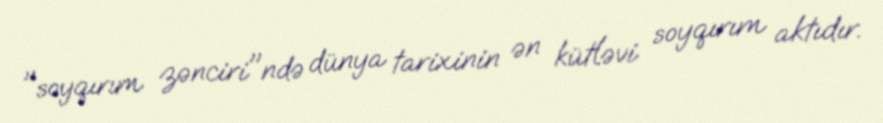
"soyqırım zənciri"ndə dünya tarixinin ən kütləvi soyqırım aktıdır.